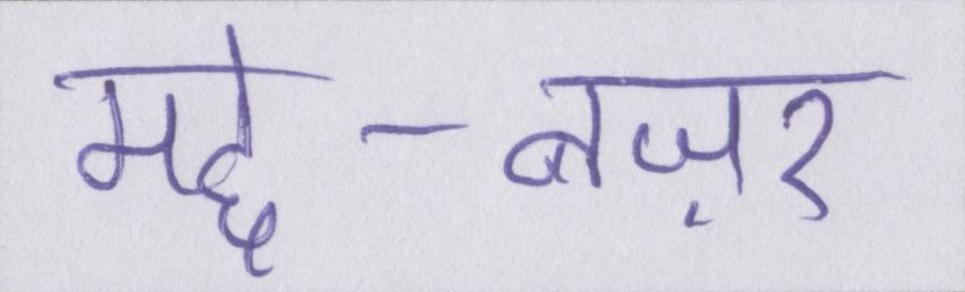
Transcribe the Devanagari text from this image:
मद्दे-नज़र